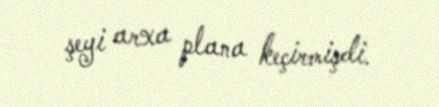
şeyi arxa plana keçirmişdi.